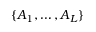
\{ A _ { 1 } , \ldots , A _ { L } \}